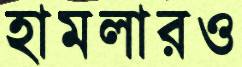
হামলারও